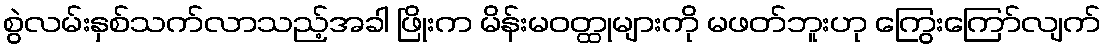
စွဲလမ်းနှစ်သက်လာသည့်အခါ ဖြိုးက မိန်းမဝတ္ထုများကို မဖတ်ဘူးဟု ကြွေးကြော်လျက်